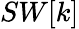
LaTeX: SW[k]